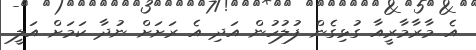
އެ މާރާމާރީއާ ގުޅިގެން ފުލުހުން އަދި އެ ރަށަށް ނުދާ ކަމަށް އަލީ